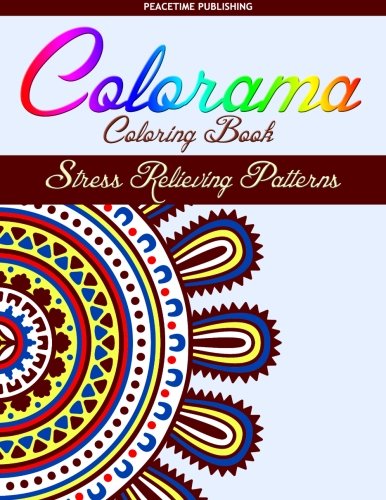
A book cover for Colorama Coloring Book: Stress Relieving Patterns : Peacetime Publishing - Coloring Books For Adults (Volume 3); Colorama Coloring Book; Crafts, Hobbies & Home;